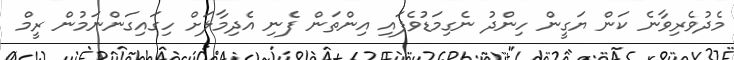
މެދުވެރިވާނެ ކަން ޔަގީން ހިންދު ނެގިމަޑުވެފައި އިންތަން ފެނި އެދިމާލަށް ހިގައިގަންނަމުން ރީމް